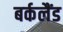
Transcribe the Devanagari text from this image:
बर्कलैंड